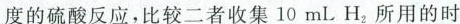
度的硫酸反应，比较二者收集10mLH_{2}所用的时